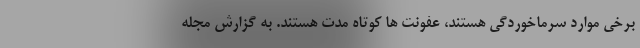
برخی موارد سرماخوردگی هستند، عفونت ها کوتاه مدت هستند. به گزارش مجله